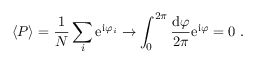
\langle { \cal P } \rangle = \frac { 1 } { N } \sum _ { i } \mathrm { e } ^ { \mathrm { i } \varphi _ { i } } \to \int _ { 0 } ^ { 2 \pi } \frac { \mathrm { d } \varphi } { 2 \pi } \mathrm { e } ^ { \mathrm { i } \varphi } = 0 \ .